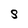
Character: S